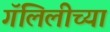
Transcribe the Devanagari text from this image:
गॅलिलीच्या